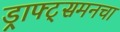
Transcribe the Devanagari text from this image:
ड्राफ्ट्‌समनचा